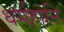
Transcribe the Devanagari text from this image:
धर्महानि